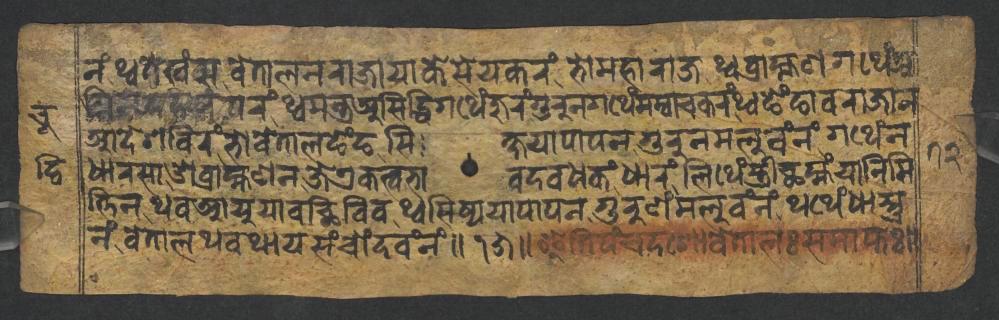
𑐣𑑄𑐠𑑂𑐰𑐟𑐾𑐏𑑄𑐳𑐰𑐾𑐟𑐵𑐮𑐣𑐬𑐵𑐖𑐵𑐫𑐵𑐎𑐾𑐳𑐾𑐫𑐎𑐬𑑄𑐨𑑀𑐩𑐴𑐵𑐬𑐵𑐖𑐠𑑂𑐰𑐧𑑂𑐬𑐵𑐴𑑂𑐩𑐞𑐐𑐠𑐾𑑄𑐀 𑐐𑑂𑐣𑐶𑐣𑐡𑐴𑐬𑐥𑐬𑑄𑐠𑑂𑐰𑐩𑐣𑑂𑐟𑑂𑐬𑐀𑐳𑐶𑐡𑑂𑐢𑐶𑐐𑐠𑐾𑑄𑐖𑐸𑐬𑑄𑐐𑐸𑐬𑐸𑐣𑐐𑐠𑐾𑑄𑐩𑐩𑑂𑐰𑐵𑐔𑐎𑐬𑑄𑐠𑑂𑐰𑐒𑐾𑑄𑐒𑐵𑐰𑐬𑐵𑐖𑐵𑐣 𑐁𑐡𑐾𑐱𑐧𑐶𑐬𑑄𑐨𑑀𑐰𑐾𑐟𑐵𑐮𑐒𑐾𑑄𑐒𑐳𑐶𑐎𑑂𑐲𑐫𑐵𑐥𑐵𑐥𑐣𑐐𑐸𑐬𑐸𑐣𑐩𑐮𑐸𑐰𑑄𑐣𑑄𑐐𑐠𑐾𑑄𑐣 𑐢𑐵𑐬𑐳𑐵𑐌𑐧𑑂𑐬𑐵𑐴𑑂𑐩𑐞𑐣𑐖𑐾𑐊𑐎𑐟𑑂𑐰𑐨𑐵𑐰𑐡𑐰𑐢𑐎𑑄𑐢𑐵𑐬𑑄𑐮𑐶𑐠𑐾𑑄𑐳𑑂𑐟𑑂𑐬𑐷𑐕𑐩𑑂𑐴𑑄𑐫𑐵𑐣𑐶𑐩𑐶 𑐟𑑂𑐟𑐶𑐣𑐠𑐰𑐁𑐫𑐸𑐫𑐵𑐧𑐕𑐶𑐧𑐶𑐰𑐠𑑂𑐰𑐳𑐶𑐲𑑂𑐫𑐫𑐵𑐥𑐀𑐥𑐣𑐐𑐸𑐬𑐸𑐞𑑄𑐩𑐮𑐸𑐰𑑄𑐣𑑄𑐠𑐠𑐾𑑄𑐢𑐵𑐳𑑂𑐟𑐸 𑐣𑑄𑐰𑐾𑐟𑐵𑐮𑐠𑐰𑐠𑐵𑐫𑐳𑑄𑐔𑑀𑑄𑐡𑐰𑑄𑐣𑑄𑑌𑑑𑑕𑑌 𑑌𑐂𑐟𑐶𑐥𑑄𑐔𑐡𑐱𑑀𑐰𑐾𑐟𑐵𑐮𑑅𑐳𑐩𑐵𑐥𑑂𑐟𑑅𑑌